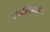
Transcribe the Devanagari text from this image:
डोर्सालिसशामिल